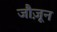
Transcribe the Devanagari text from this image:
जौज़ून